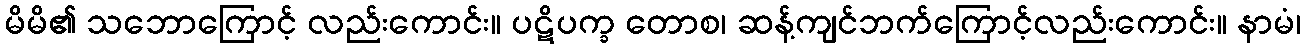
မိမိ၏ သဘောကြောင့် လည်းကောင်း။ ပဋိပက္ခ တောစ၊ ဆန့်ကျင်ဘက်ကြောင့်လည်းကောင်း။ နာမံ၊